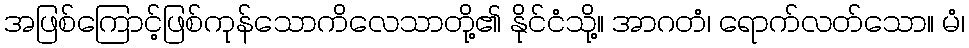
အဖြစ်ကြောင့်ဖြစ်ကုန်သောကိလေသာတို့၏ နိုင်ငံသို့။ အာဂတံ၊ ရောက်လတ်သော။ မံ၊